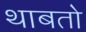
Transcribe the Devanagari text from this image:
थाबतो